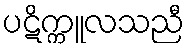
ပဋိက္ကူလသညီ